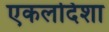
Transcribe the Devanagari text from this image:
एकलदिशा